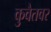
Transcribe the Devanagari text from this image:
कुवैतवर